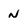
Character: n